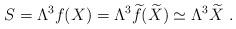
LaTeX: \begin{align*}S=\Lambda^3 f(X)=\Lambda^3 {\widetilde f} ({\widetilde X})\simeq \Lambda^3{\widetilde X}~.\end{align*}